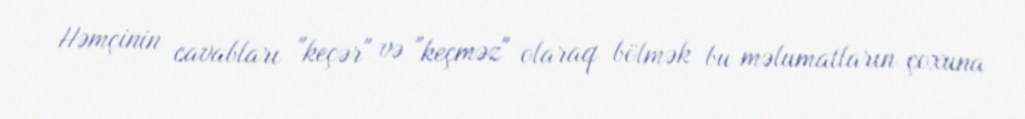
Həmçinin cavabları "keçər" və "keçməz" olaraq bölmək bu məlumatların çoxuna